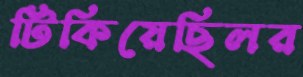
টিকিয়েছিলর